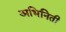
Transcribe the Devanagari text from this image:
अभिनिती